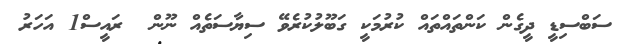
ސަބްސިޑީ ދީގެން ކަންތައްތައް ކުރުމަކީ ގަބޫލުކުރެވޭ ސިޔާސަތެއް ނޫން  ރައީސް1 އަހަރު